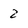
Character: 2